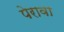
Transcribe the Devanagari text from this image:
पेरावा